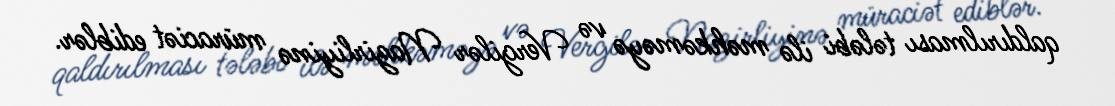
qaldırılması tələbi ilə məhkəməyə və Vergilər Nazirliyinə müraciət ediblər.